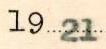
1921